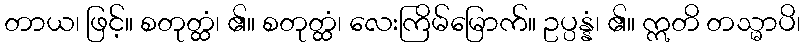
တာယ၊ ဖြင့်။ စတုတ္ထံ၊ ၏။ စတုတ္ထံ၊ လေးကြိမ်မြောက်။ ဥပ္ပန္နံ၊ ၏။ ဣတိ တသ္မာပိ၊